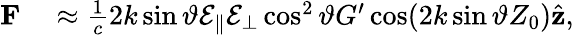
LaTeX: \begin{array}{rl}{\mathbf{F}}&{{}\approx\frac{1}{c}2k\sin\vartheta\mathcal{E}_{\| }\mathcal{E}_{\bot}\cos^{2}\vartheta G^{\prime}\cos(2k\sin\vartheta Z_{0})\hat{\mathbf{z}},}\end{array}